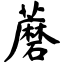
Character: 蘑